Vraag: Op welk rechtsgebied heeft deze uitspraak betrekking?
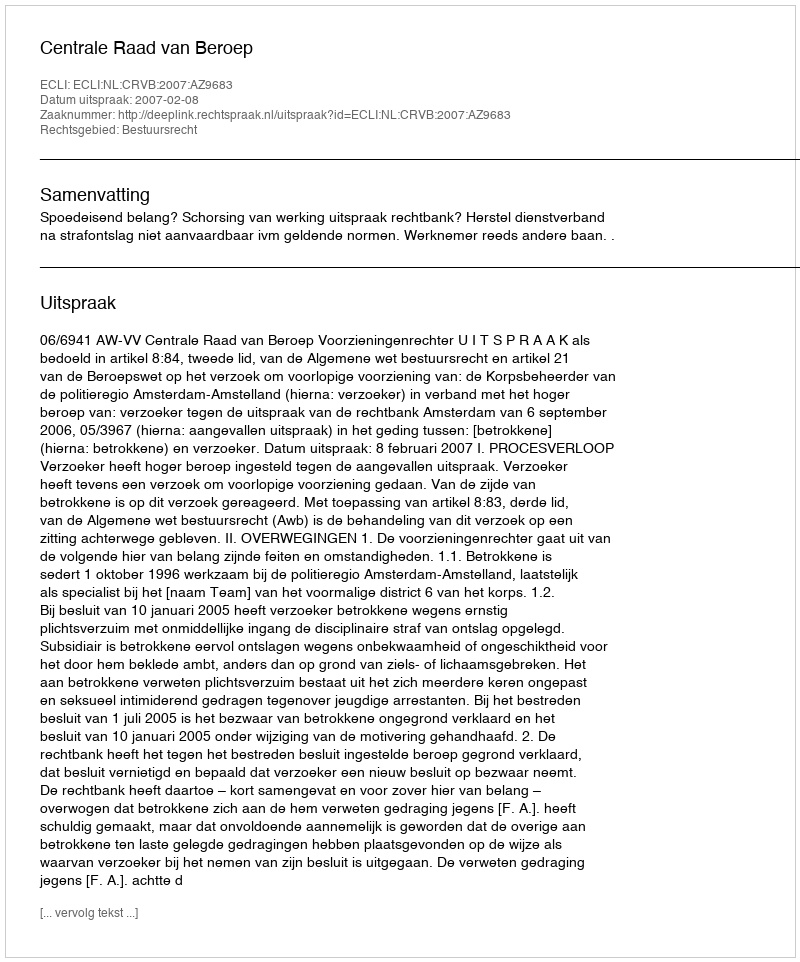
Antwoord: Bestuursrecht